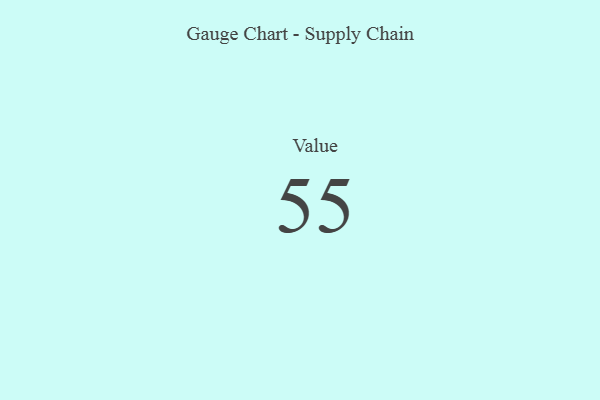
{"axis": {"x": "Metric", "y": "Value"}, "legend": [""], "data": [{"x": "Value", "y": 55, "type": ""}]}